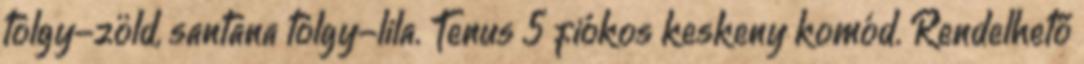
tölgy-zöld, santana tölgy-lila. Tenus 5 fiókos keskeny komód. Rendelhető